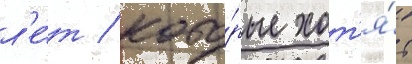
л'е́т / кото́рые хот'я́т